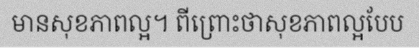
មានសុខភាពល្អ។ ពីព្រោះថាសុខភាពល្អបែប